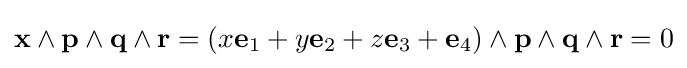
\mathbf {x} \wedge \mathbf {p} \wedge \mathbf {q} \wedge \mathbf {r} =(x\mathbf {e} _{1}+y\mathbf {e} _{2}+z\mathbf {e} _{3}+\mathbf {e} _{4})\wedge \mathbf {p} \wedge \mathbf {q} \wedge \mathbf {r} =0